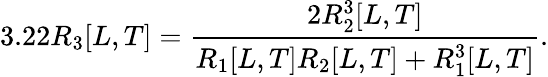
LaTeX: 3.22R_{3}[L,T]=\frac{2R_{2}^{3}[L,T]}{R_{1}[L,T]R_{2}[L,T]+R_{1}^{3}[L,T]}.